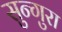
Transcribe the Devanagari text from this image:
सुन्गुरा